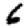
Digit: 6